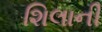
શિલાની